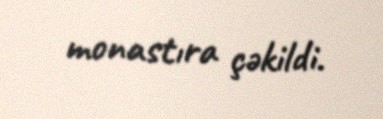
monastıra çəkildi.